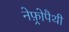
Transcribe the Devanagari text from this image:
नेफ़्रोपैथी